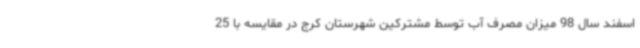
اسفند سال 98 میزان مصرف آب توسط مشترکین شهرستان کرج در مقایسه با 25